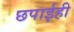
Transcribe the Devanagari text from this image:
छपाईही